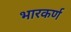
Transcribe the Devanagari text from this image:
भारकर्ण